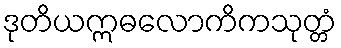
ဒုတိယဣဓလောကိကသုတ္တံ